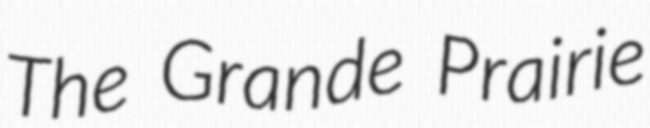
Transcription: The Grande Prairie